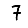
Digit: 7